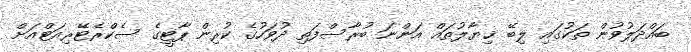
ބައްދަލުވުން ތަކުގައި ލިބޭ ޚިޔާލުތައް އަންނަ ބުރާސްފަތި ދުވަހުގެ ކުރިން ޕާޓީގެ ސެކްރެޓޭރިއަޓްއަށް